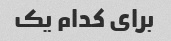
برای کدام یک